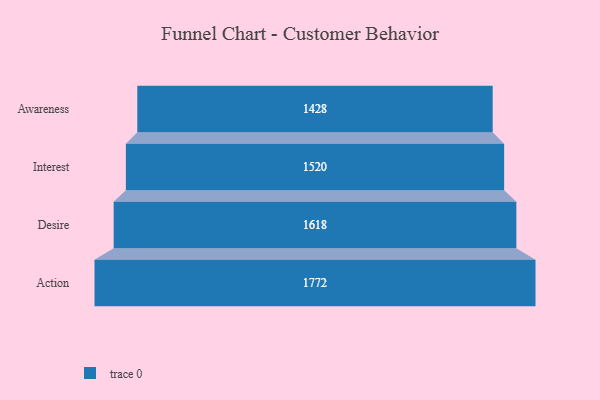
{"axis": {"x": "Stage", "y": "Value"}, "legend": [""], "data": [{"x": "Awareness", "y": 1428.0, "type": ""}, {"x": "Interest", "y": 1520.0, "type": ""}, {"x": "Desire", "y": 1618.0, "type": ""}, {"x": "Action", "y": 1772.0, "type": ""}]}